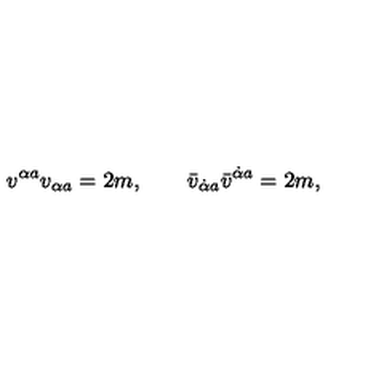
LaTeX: v ^ { \alpha { } a } v _ { \alpha { } a } = 2 m , \qquad \bar { v } _ { \dot { \alpha } { } a } \bar { v } ^ { \dot { \alpha } { } a } = 2 m ,